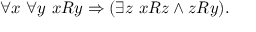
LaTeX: \forall x \ \forall y \ x R y \Rightarrow ( \exists z \ x R z \land z R y ) .